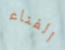
الفناء